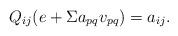
LaTeX: \begin{align*}Q_{ij}(e + \Sigma a_{pq}v_{pq}) = a_{ij}.\end{align*}